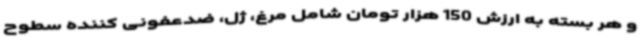
و هر بسته به ارزش 150 هزار تومان شامل مرغ، ژل، ضدعفونی کننده سطوح